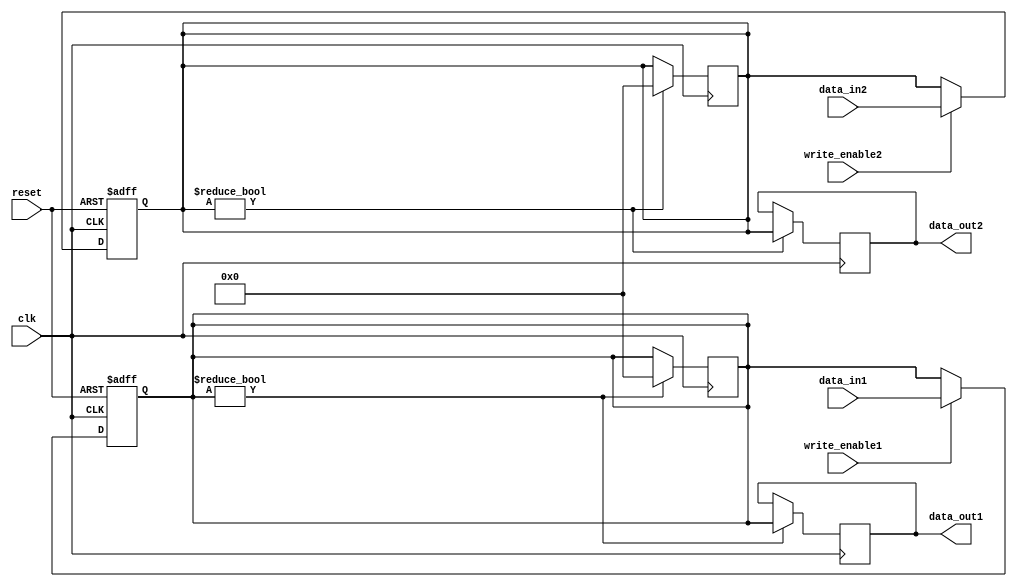
module dual_port_bypass_register(
    input wire clk,
    input wire reset,
    input wire [7:0] data_in1,
    input wire write_enable1,
    input wire [7:0] data_in2,
    input wire write_enable2,
    output reg [7:0] data_out1,
    output reg [7:0] data_out2
);

reg [7:0] buffer1;
reg [7:0] buffer2;

always @(posedge clk or posedge reset) begin
    if (reset) begin
        buffer1 <= 8'b0;
        buffer2 <= 8'b0;
    end else begin
        if (write_enable1) begin
            buffer1 <= data_in1;
        end
        if (write_enable2) begin
            buffer2 <= data_in2;
        end
    end
end

always @(posedge clk) begin
    if (buffer1 != 8'b0) begin
        data_out1 <= buffer1;
        buffer1 <= 8'b0;
    end
    if (buffer2 != 8'b0) begin
        data_out2 <= buffer2;
        buffer2 <= 8'b0;
    end
end

endmodule